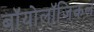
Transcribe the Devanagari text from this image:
बॉयोलॉजिकल